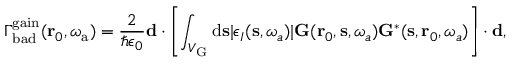
\Gamma _ { \mathrm { b a d } } ^ { \mathrm { g a i n } } ( \mathbf { r } _ { 0 } , \omega _ { \mathrm { a } } ) = \frac { 2 } { \hbar \epsilon _ { 0 } } \mathbf { d } \cdot \left[ \int _ { V _ { \mathrm { G } } } { \mathrm d } { \bf s } | \epsilon _ { I } ( \mathbf { s } , \omega _ { a } ) | \mathbf { G } ( \mathbf { r } _ { 0 } , \mathbf { s } , \omega _ { a } ) \mathbf { G } ^ { * } ( \mathbf { s } , \mathbf { r } _ { 0 } , \omega _ { a } ) \right] \cdot \mathbf { d } ,